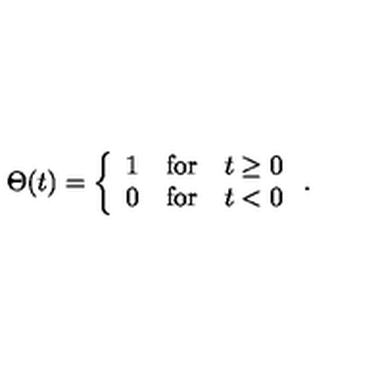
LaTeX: \Theta ( t ) = \left\{ \begin{array} { l l l } { 1 } & { \mathrm { f o r } } & { t \geq 0 } \\ { 0 } & { \mathrm { f o r } } & { t < 0 } \\ \end{array} \right. .